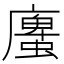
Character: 螷